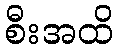
စီးအထိ